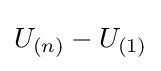
U_{(n)}-U_{(1)}